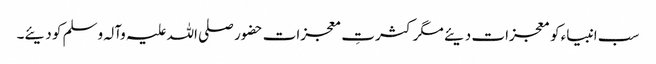
سب انبیاء کو معجزات دیئے مگر کثرتِ معجزات حضور صلی اللہ علیہ وآلہ وسلم کو دیئے۔